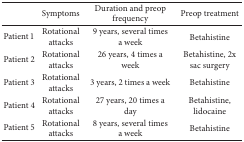
<table><thead><tr><td><b> </b></td><td><b>Symptoms</b></td><td><b>Duration and preop frequency</b></td><td><b>Preop treatment</b></td></tr></thead><tbody><tr><td>Patient 1</td><td>Rotational attacks</td><td>9 years, several times a week</td><td>Betahistine</td></tr><tr><td>Patient 2</td><td>Rotational attacks</td><td>26 years, 4 times a week</td><td>Betahistine, 2x sac surgery</td></tr><tr><td>Patient 3</td><td>Rotational attacks</td><td>3 years, 2 times a week</td><td>Betahistine</td></tr><tr><td>Patient 4</td><td>Rotational attacks</td><td>27 years, 20 times a day</td><td>Betahistine, lidocaine</td></tr><tr><td>Patient 5</td><td>Rotational attacks</td><td>8 years, several times a week</td><td>Betahistine</td></tr></tbody></table>